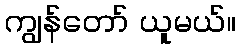
ကျွန်တော် ယူမယ်။